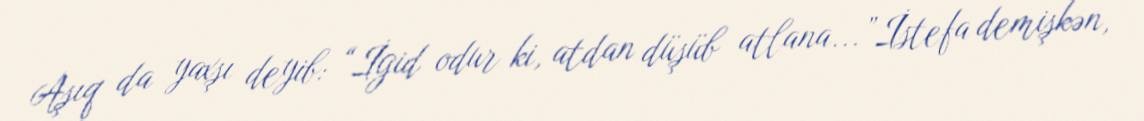
Aşıq da yaxşı deyib: “İgid odur ki, atdan düşüb atlana...”İstefa demişkən,